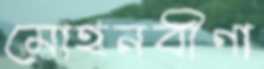
মোহনবীণা